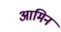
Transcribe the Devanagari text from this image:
आमिन